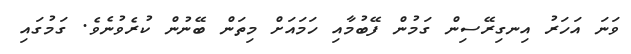
ވަނަ އަހަރު އިނގިރޭސިން ގަމުން ފޭބުމާއި ހަމައަށް މިތަން ބޭނުން ކުރެވުނެވެ. ގަމުގައި